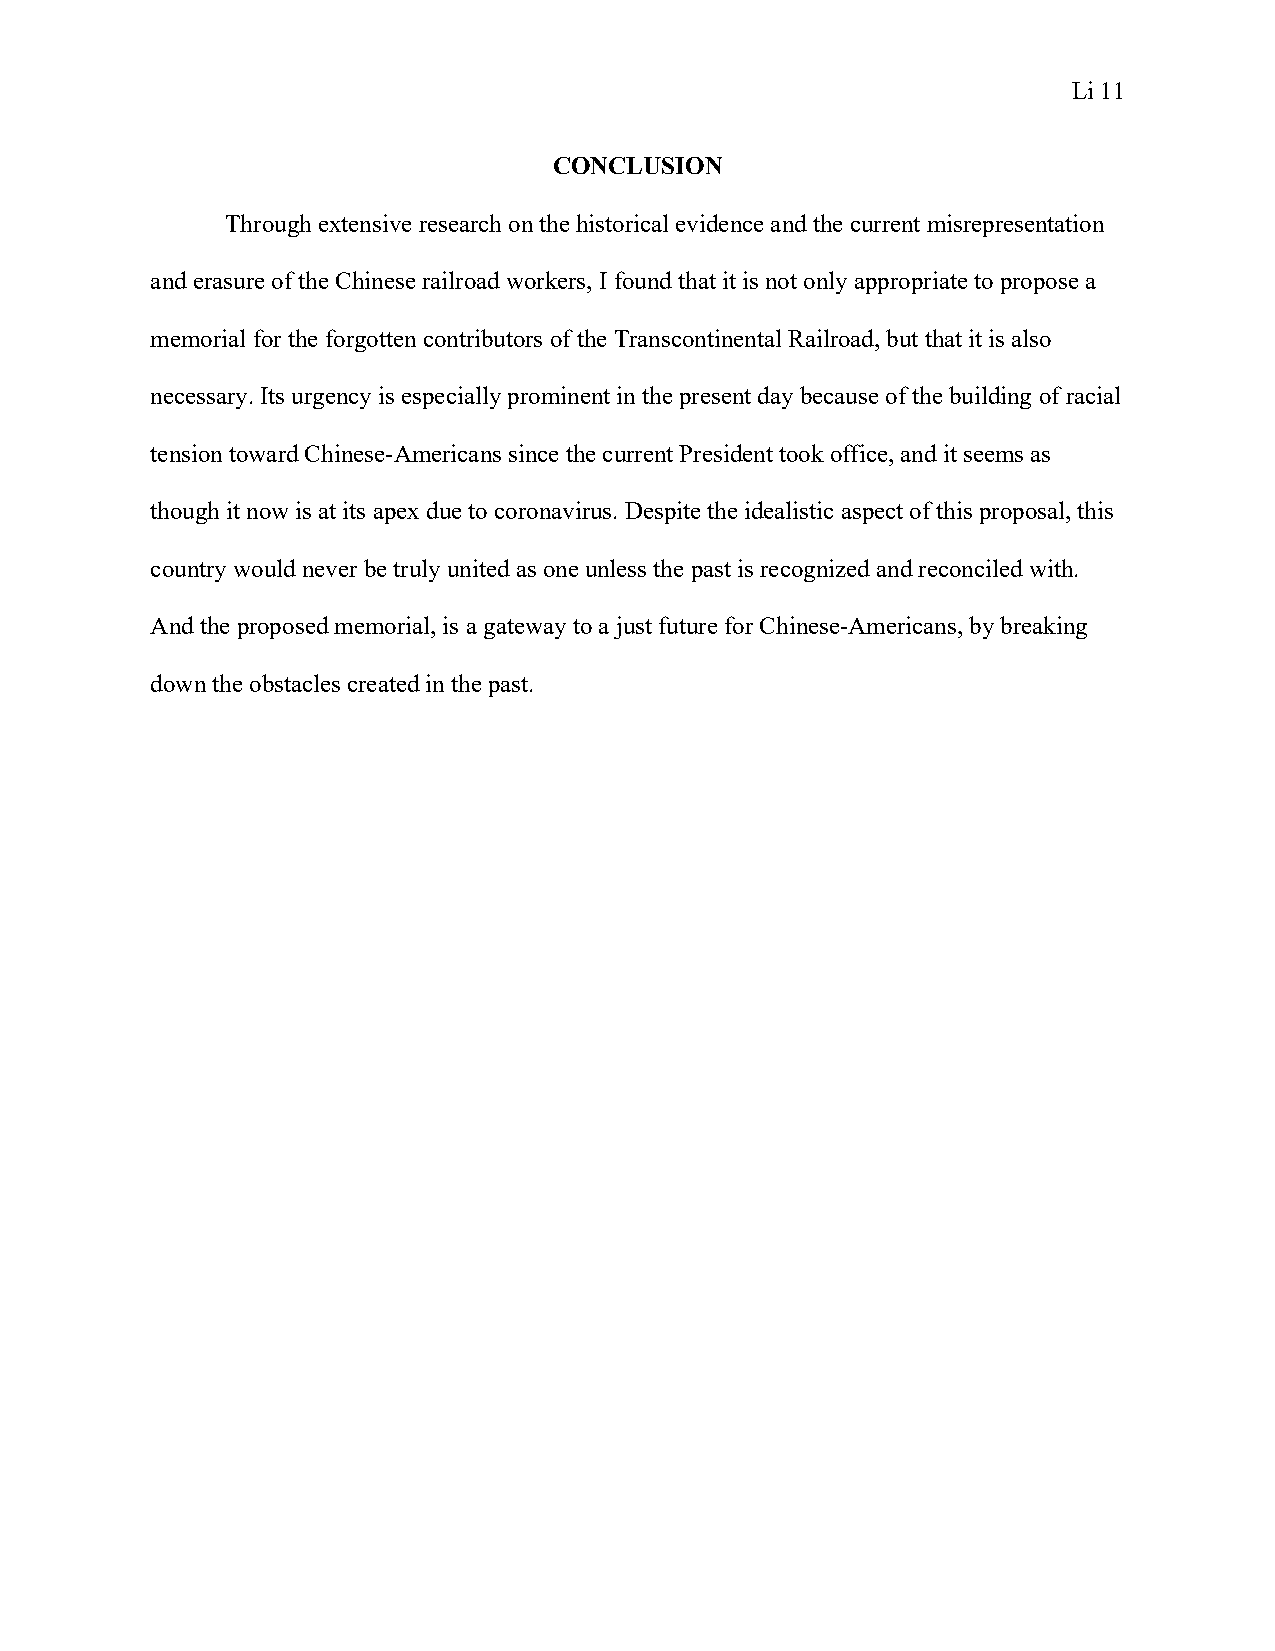
Li 11
 CONCLUSION
 Through extensive research on the historical evidence and the current misrepresentation
 and erasure of the Chinese railroad workers, I found that it is not only appropriate to propose a
 memorial for the forgotten contributors of the Transcontinental Railroad, but that it is also
 necessary. Its urgency is especially prominent in the present day because of the building of racial
 tension toward Chinese-Americans since the current President took office, and it seems as
 though it now is at its apex due to coronavirus. Despite the idealistic aspect of this proposal, this
 country would never be truly united as one unless the past is recognized and reconciled with.
 And the proposed memorial, is a gateway to a just future for Chinese-Americans, by breaking
 down the obstacles created in the past.